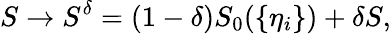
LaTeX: S\to S^{\delta}=(1-\delta)S_{0}(\{ \eta_{i}\} )+\delta S,